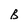
Character: B